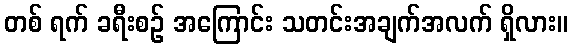
တစ် ရက် ခရီးစဉ် အကြောင်း သတင်းအချက်အလက် ရှိလား။